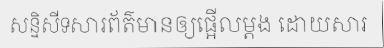
សន្និសីទសារព័ត៌មានឲ្យផ្អើលម្តង ដោយសារ